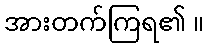
အားတက်ကြရ၏ ။